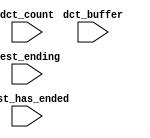
// This program was cloned from: https://github.com/olgirard/openmsp430
// License: BSD 3-Clause "New" or "Revised" License

//Legal Notice: (C)2014 Altera Corporation. All rights reserved.  Your
//use of Altera Corporation's design tools, logic functions and other
//software and tools, and its AMPP partner logic functions, and any
//output files any of the foregoing (including device programming or
//simulation files), and any associated documentation or information are
//expressly subject to the terms and conditions of the Altera Program
//License Subscription Agreement or other applicable license agreement,
//including, without limitation, that your use is for the sole purpose
//of programming logic devices manufactured by Altera and sold by Altera
//or its authorized distributors.  Please refer to the applicable
//agreement for further details.

// synthesis translate_off
`timescale 1ns / 1ps
// synthesis translate_on

// turn off superfluous verilog processor warnings 
// altera message_level Level1 
// altera message_off 10034 10035 10036 10037 10230 10240 10030 

module DE0_NANO_SOC_QSYS_nios2_qsys_oci_test_bench (
                                                     // inputs:
                                                      dct_buffer,
                                                      dct_count,
                                                      test_ending,
                                                      test_has_ended
                                                   )
;

  input   [ 29: 0] dct_buffer;
  input   [  3: 0] dct_count;
  input            test_ending;
  input            test_has_ended;


endmodule